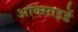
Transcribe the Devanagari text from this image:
आक्साइडें